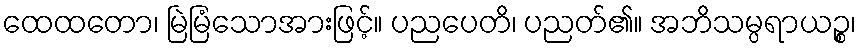
ထေထတော၊ မြဲမြံသောအားဖြင့်။ ပညပေတိ၊ ပညတ်၏။ အဘိသမ္ပရာယဉ္စ၊